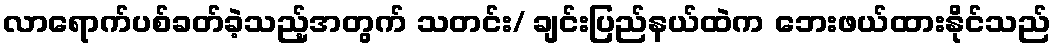
လာရောက်ပစ်ခတ်ခဲ့သည့်အတွက် သတင်း/ ချင်းပြည်နယ်ထဲက ဘေးဖယ်ထားနိုင်သည်